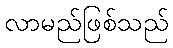
လာမည်ဖြစ်သည်